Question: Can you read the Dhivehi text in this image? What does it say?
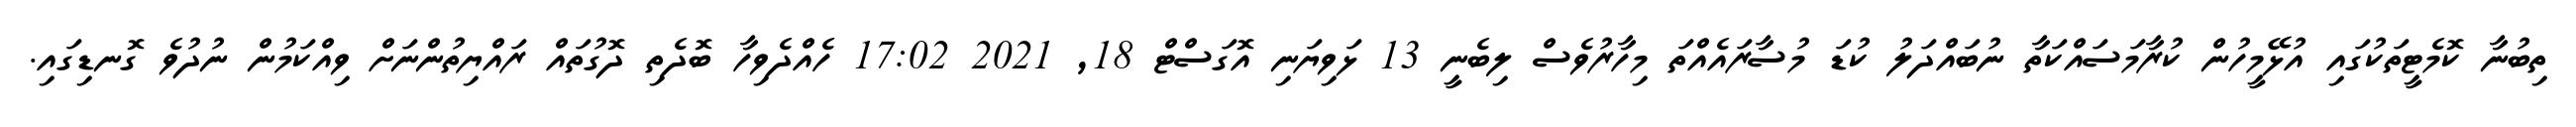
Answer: ތިބުނާ ކޮމެޓީތަކުގައި އުޅޭމީހުން ކުރާމަސައްކަތާ ނުބައްދަލު ކުޑަ މުސާރައެއްތަ މިހާރުވެސް ލިބެނީ 13 ޅަވިޔަނި އޮގަސްޓް 18, 2021 17:02 ހެއްދެވިހާ ބޮދެތި ދޮގުތައް ރައްޔިތުންނަށް ވިއްކަމުން ނުދުވެ ގޮނޑިގައި.